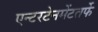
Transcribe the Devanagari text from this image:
एन्टरटेनमेंटतर्फे